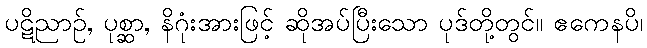
ပဋိညာဉ်, ပုစ္ဆာ, နိဂုံးအားဖြင့် ဆိုအပ်ပြီးသော ပုဒ်တို့တွင်။ ဧကေနပိ၊